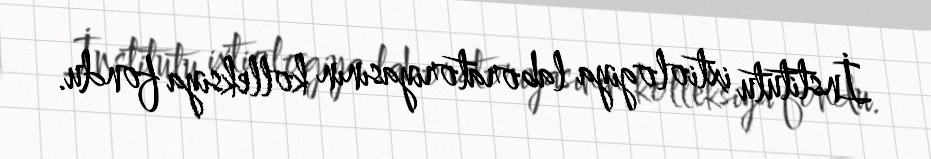
İnstitutu ixtiologiya laboratoriyasının kolleksiya fondu.